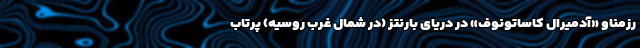
رزمناو «آدمیرال کاساتونوف» در دریای بارنتز (در شمال غرب روسیه) پرتاب